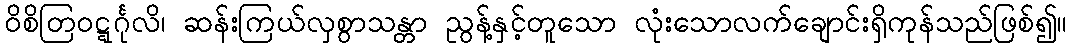
ဝိစိတြဝဋ္ဋင်္ဂုလိ၊ ဆန်းကြယ်လှစွာသန္တာ ညွန့်နှင့်တူသော လုံးသောလက်ချောင်းရှိကုန်သည်ဖြစ်၍။